Medical and sanitary report of the native army of Bengal for the year
Year: 1877
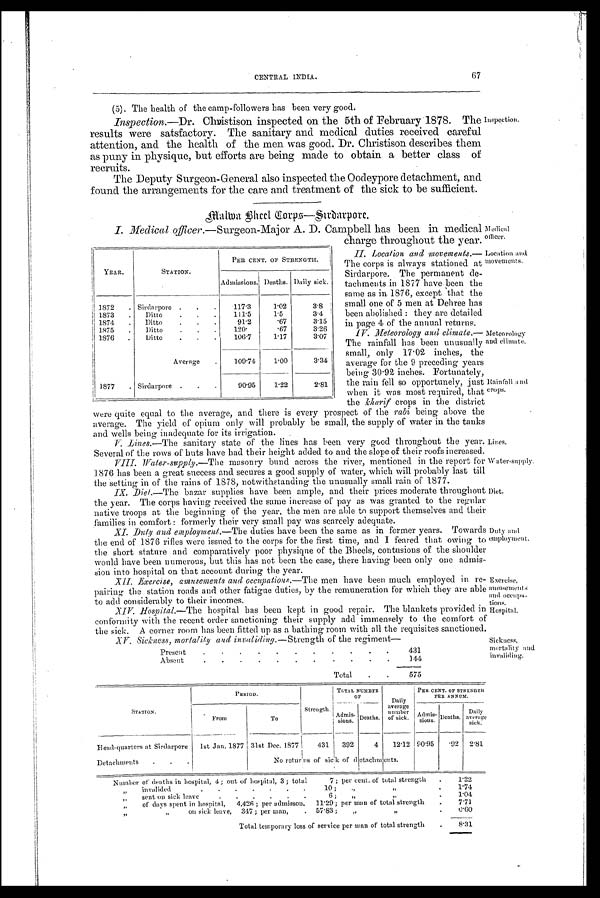
Medical
officer.
Location and
movements.
Meteorology
and climate.
Rainfall and
crops.
Lines.
Water-supply.
Diet.
Duty and
employment.
Exercise,
amusements
and occupa-
tions.
Hospital.
Sickness,
mortality and
invaliding.
CENTRAL INDIA.
67
(5). The health of the camp-followers has been very good.
Inspection. —Dr. Christison inspected on the 5th of February 1878. The
results were satsfactory. The sanitary and medical duties received careful
attention, and the health of the men was good. Dr. Christison describes them
as puny in physique, but efforts are being made to obtain a better class of
recruits.
The Deputy Surgeon-General also inspected the Oodeypore detachment, and
found the arrangements for the care and treatment of the sick to be sufficient.
Inspection.
Malwa Bheel Corps—Sirdarpore.
I. Medical officer. — S u r g e o n - M a j o r A . D . C a m p b e l l h a s b e e n i n m e d i c a l
charge throughout the year.
II. Location and movements .—
The corps is always stationed at
Sirdarpore. The permanent de-
tachments in 1877 have been the
same as in. 1876, except that the
small one of 5 men at Dehree has
been abolished : they are detailed
in page 4 of the annual returns.
IV. Meteorology and climate.
— T h e r a i n f a l l h a s b e e n u n u s u a l l y
small, only 17.02 inches, the
average for the 9 preceding years
being 30.92 inches. Fortunately,
the rain fell so opportunely, just
when it was most required, that
the khari f crops i n the di stri ct
were quite equal to the average, and there is every prospect of the rabi being above the
average. The yield of opium only will probably be small, the supply of water in the tanks
and wells being inadequate for its irrigation.
V. Lines .—The sanitary state of the lines has been very good throughout the year.
Several of the rows of huts have bad their height added to and the slope of their roofs increased.
VIII.
Water-supply.—The masonry build across the river, mentioned in the report for
1.876 has been a great success and secures a good supply of water, which will probably last till
the setting in of the rains of 1878, notwithstanding the unusually small rain of 1877.
IX.
Diet .—The bazar supplies have been ample, and their prices moderate throughout
the year. The corps having received the same increase of pay as was granted to the regular
native troops at the beginning of the year, the men are able to support themselves and their
families in comfort : formerly their very small pay was scarcely adequate.
XI. Duty and employment. —The duties have been the same as in former years. Towards
the end of 1876 rifles were issued to the corps for the first time, and I feared that owing to
the short stature and comparatively poor physique of the Bheels, contusions of the shoulder
would have been numerous, but this has not been the case, there having been only one admis-
sion into hospital on that account during the year.
XII. Exercise, amusements and occupations .—The men have been much employed in re-
pairing the station roads and other fatigue duties, by the remuneration for which they are able
to add considerably to their incomes.
XIV.
Hospital.— The hospital has been kept in good repair. The blankets provided in
conformity with the recent order sanctioning their supply add immensely to the comfort of
the sick. A corner room has been fitted up as a bathing room with all the requisites sanctioned.
XV.
Sickness, mortality and invaliding. —Strength of the regiment
—
Present
.
.
.
.
.
.
.
.
.
.
.
431
Absent
.
.
.
.
.
.
.
.
.
.
.
144
Total
.
.
575
YEAR.
STATION.
PER CENT. OF STRENGTH.
Admissions. Deaths. Daily sick.
1872
. Sirdarpore . .
.
117.3
1.02
3.8
1873
.
Ditto
.
.
.
111.5
1.5
3.4
1874
.
Ditto
.
.
.
91.2
.67
3.15
1875
.
Ditto
.
.
.
120.
.67
3.26
1876
.
Ditto
.
.
.
106.7
1.17
3.07
Average
.
109.74
1.00
3.34
1877
. Sirdarpore .
.
.
90.95
1.22
2.81
STATION.
PERIOD.
Strength
TOTAL NUMBER
OF
Daily
average
number
of sick.
PER CENT. OF STRENGTH
PER ANNUM.
From
To
Admis-
sions. Deaths.
Admis-
sions. Deaths.
Daily.
average
sick.
Head-quarters at Sirdarpore
1st Jan. 1877 31st Dec. 1877
431
392
4
12.12 90.95
.92
2.81
Detachments
.
. .
No returns of sick of detachments.
Number of deaths in hospital, 4; out of hospital, 3; total
7; per cent. of total strength
.
1.22
invalided
.
.
10 ;
„ „
.
1.74
„
sent on sick leave
. .
.
.
.
.
.
„
.
1.04
„
of days silent in hospital,
4,426 ; per admission,
11.29; per man of total strength
.
7.71
„
on sick leave,
347; per man,
.
57.83;
,,
.
0.60
Total temporary loss of service per man of total strength
.
8.31